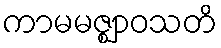
ကာမမဇ္ဈာဝသတိ